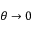
\theta \rightarrow 0